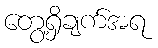
တွေ့ရှိချက်အရ